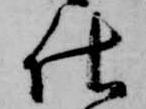
仕